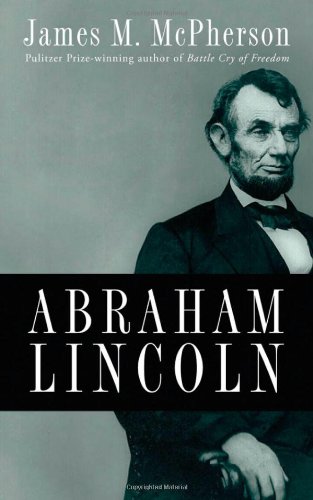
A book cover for Abraham Lincoln; James M. McPherson; Biographies & Memoirs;